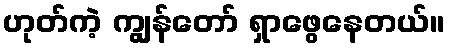
ဟုတ်ကဲ့ ကျွန်တော် ရှာဖွေနေတယ်။